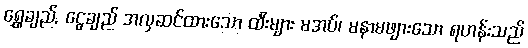
ရွှေချည်, ငွေချည် အလှဆင်ထားသော ထီးများ မအပ်၊ မနာမဖျားသော ရဟန်းသည်